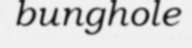
bunghole